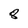
Character: 8